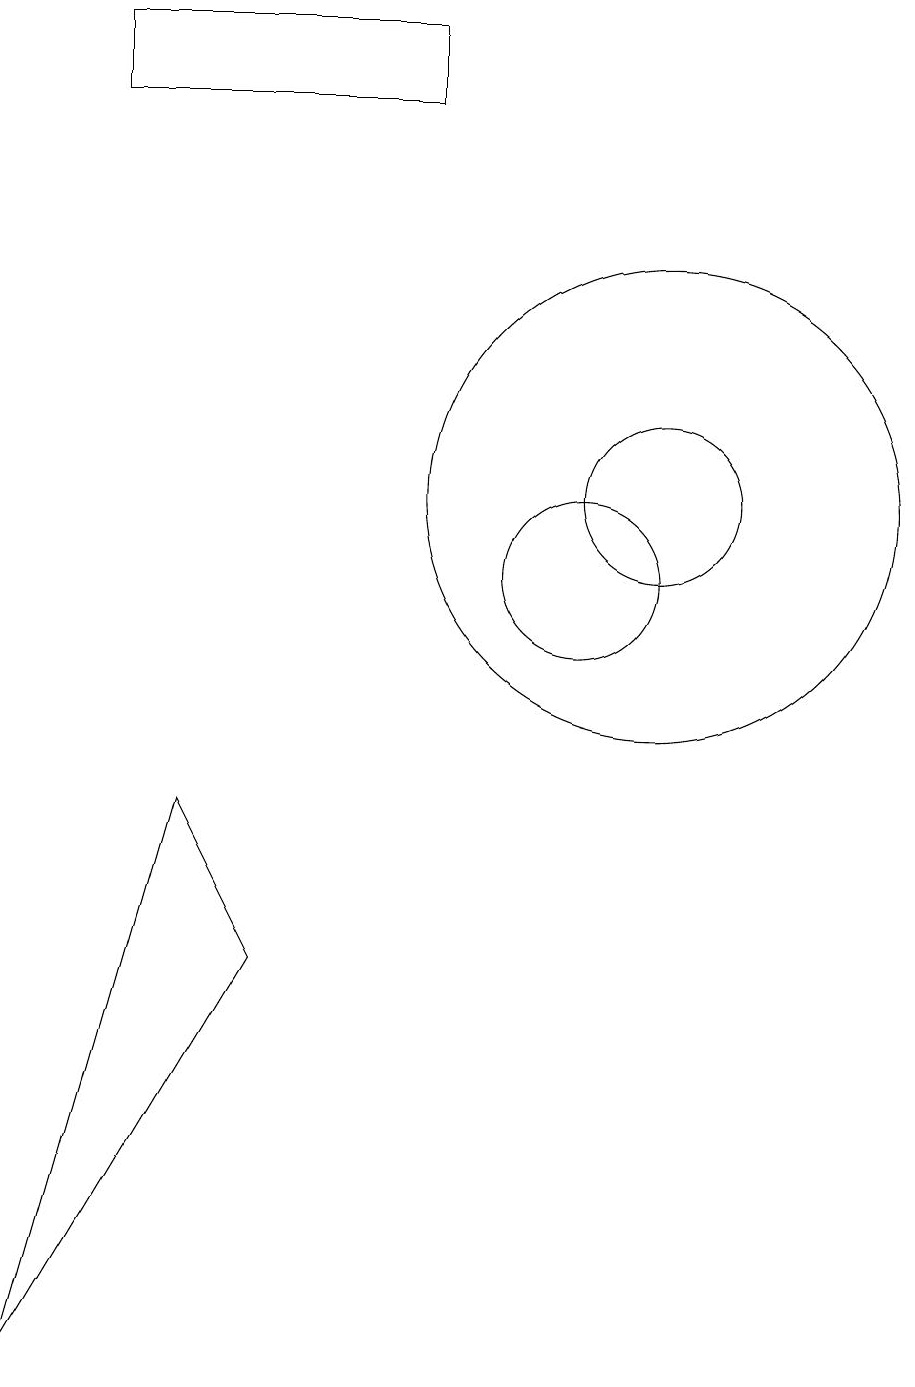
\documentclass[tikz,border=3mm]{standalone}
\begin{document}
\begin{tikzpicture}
\draw (8,17) rectangle (4,18);
\draw (11,12) circle (1);
\draw (11,12) circle (3);
\draw (10,11) circle (1);
\draw (5,8) -- (6,6) -- (3,1) -- cycle;
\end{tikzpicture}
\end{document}